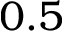
0 . 5